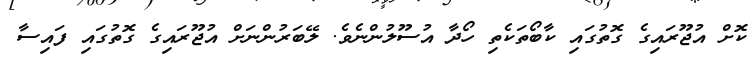
ކޮށް އުޖޫރައިގެ ގޮތުގައި ކާބޯތަކެތި ހޯދާ އުސޫލުންނެވެ. ލޭބަރުންނަށް އުޖޫރައިގެ ގޮތުގައި ފައިސާ